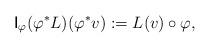
LaTeX: \begin{align*}{\sf I}_{\varphi}(\varphi^*L)(\varphi^*v):=L(v)\circ \varphi,\end{align*}